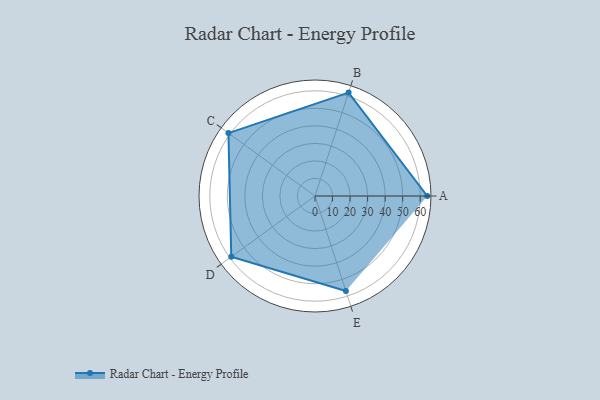
{"axis": {"x": "Skill", "y": "Score"}, "legend": ["Profile"], "data": [{"x": "A", "y": 64.0, "type": "Profile"}, {"x": "B", "y": 62.0, "type": "Profile"}, {"x": "C", "y": 61.0, "type": "Profile"}, {"x": "D", "y": 59.0, "type": "Profile"}, {"x": "E", "y": 57.0, "type": "Profile"}]}